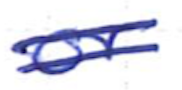
Text: or
Cross-out: double-line
Writing tool: ballpoint